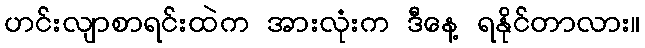
ဟင်းလျာစာရင်းထဲက အားလုံးက ဒီနေ့ ရနိုင်တာလား။